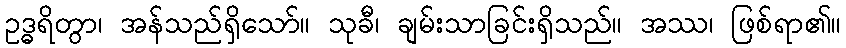
ဥဒ္ဓရိတွာ၊ အန်သည်ရှိသော်။ သုခီ၊ ချမ်းသာခြင်းရှိသည်။ အဿ၊ ဖြစ်ရာ၏။